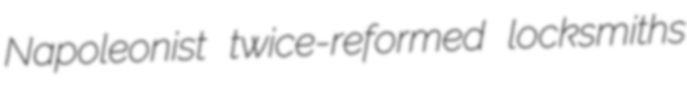
Napoleonist twice-reformed locksmiths